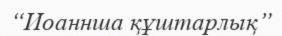
“Иоаннша құштарлық”